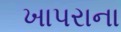
ખાપરાના